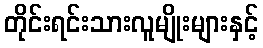
တိုင်းရင်းသားလူမျိုးများနှင့်